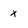
Character: x